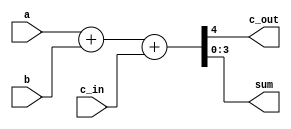
`timescale 1ns / 1ps
//////////////////////////////////////////////////////////////////////////////////
// Company: 
// Engineer: 
// 
// Design Name: 
// Module Name: Verification_1bit2
// Project Name: 
// Target Devices: 
// Tool Versions: 
// Description: 
// 
// Dependencies: 
// 
// Revision:
// Revision 0.01 - File Created
// Additional Comments:
// 
//////////////////////////////////////////////////////////////////////////////////

module Verification_1bit2(c_out, sum, a, b, c_in);

	input[3:0]	 a, b;
	input       c_in; //declare inputs a, b, and c_in, one bit each
	output c_out;
	output[3:0]     sum; //declare outputs c_out and sum, one bit each

	assign {c_out, sum} = a + b + c_in;

endmodule